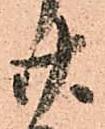
廿